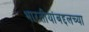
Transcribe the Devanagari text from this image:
भारतीयांबद्दलच्या